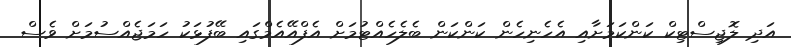
އަދި ލޮޖިސްޓިކް ކަންކަމަށާއި އެހެނިހެން ކަންކަން ބެލެހެއްޓުމަށް އެފްއޭއެމްގައި ބޭފުޅަކު ހަމަޖެއްސުމަށް ވެސް